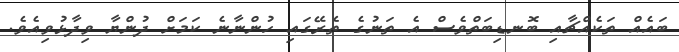
ބައެއް ތަކެއްޗާއި ބޮނޑިބަތްވެސް އެ ތަނުގެ ތެރޭގައި ހުންނާނެ ކަމަށް ދުންޔާ ވިދާޅުވިއެވެ.